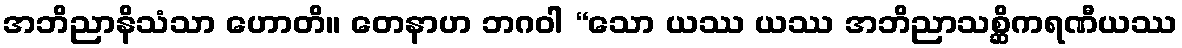
အဘိညာနိသံသာ ဟောတိ။ တေနာဟ ဘဂဝါ “သော ယဿ ယဿ အဘိညာသစ္ဆိကရဏီယဿ